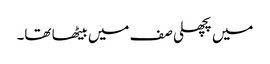
میں پچھلی صف میں بیٹھا تھا۔